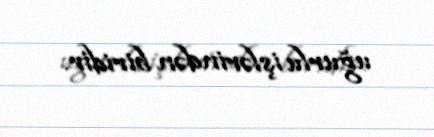
uğurlu işlərindən biridir.